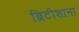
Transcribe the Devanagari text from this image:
ब्रिटीशाना